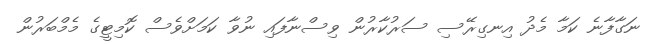
ނަގާފާނެ ކަމާ މެދު އިނގިރޭސި ސަރުކާރުން ވިސްނާފައި ނުވާ ކަމަށްވެސް ކޮމިޓީގެ މެމްބަރުން